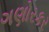
ગણોરકર